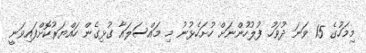
މިމަހުގެ 15 ވަނަ ދުވަހު ފުލުހުންނަށް ހުށަހެޅުނު މި މައްސަލައާ ގުޅިގެން ހައްޔަރުކޮށްފައިވަނީ